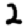
Digit: 2